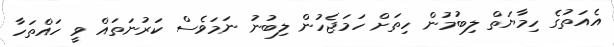
އެއަތުގެ ހިމާޔަތް ލިބުމުން ހިތަށް ހަމަޖެހުން ލިބުނު ނަމަވެސް ކަރުނަތައް ވީ ހައްތަހާ